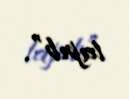
tapıb”.